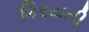
કિરયતી